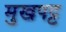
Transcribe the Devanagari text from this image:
मुखपट्ट